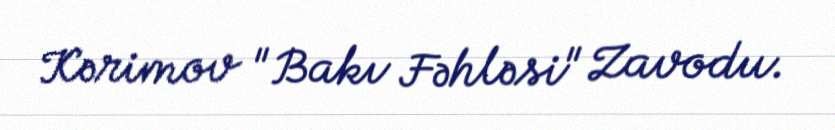
Kərimov "Bakı Fəhləsi" Zavodu.